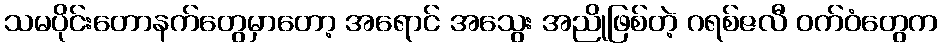
သမပိုင်းတောနက်တွေမှာတော့ အရောင် အသွေး အညိုဖြစ်တဲ့ ဂရစ်ဇလီ ဝက်ဝံတွေက